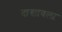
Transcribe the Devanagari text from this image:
दाखावला